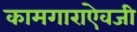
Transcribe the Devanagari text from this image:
कामगाराऐवजी